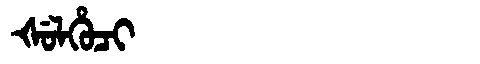
Manchu: ᡧᡠᠯᡥᡠᠴᡳ
Romanization: ŠULHUCI